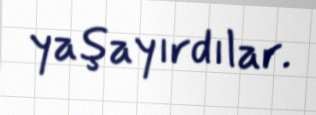
yaşayırdılar.